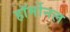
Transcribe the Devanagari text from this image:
हॉर्मोनल